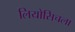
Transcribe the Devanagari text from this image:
लियोसिचला